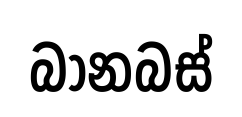
බානබස්